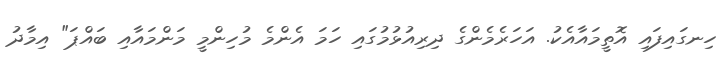
ހިނގައިފައި އޮތީމައާއެކު. އަހަރެމެންގެ ދިރިއުޅުމުގައި ހަމަ އެންމެ މުހިންމީ މަންމައާއި ބައްޕަ" އިމާދު